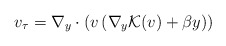
\begin{align*}v_\tau=\nabla_y\cdot(v\,(\nabla_y {\cal K}(v)+\beta y))\end{align*}